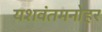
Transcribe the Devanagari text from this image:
यशवंतमनोहर